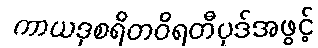
ကာယဒုစရိတဝိရတီပုဒ်အဖွင့်